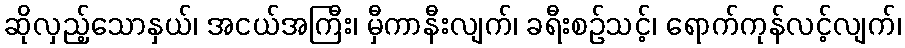
ဆိုလှည့်သောနှယ်၊ အငယ်အကြီး၊ မှီကာနီးလျက်၊ ခရီးစဉ်သင့်၊ ရောက်ကုန်လင့်လျက်၊